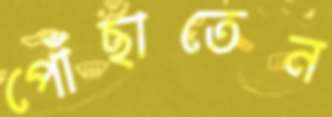
পোঁছাতেন